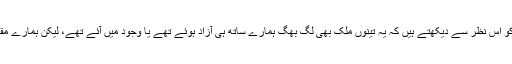
چین ،اسرائیل اور بھارت کو اس نظر سے دیکھتے ہیں کہ یہ تینوں ملک بھی لگ بھگ ہمارے ساتھ ہی آزاد ہوئے تھے یا وجود میں آئے تھے، لیکن ہمارے مقابلے میں وہ کہاں ہم کہاں؟